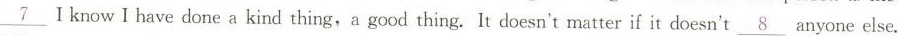
\underline{7} I know I have done a kind thing, a good thing. It doesn't matter if it doesn't\underline{8} anyone else.